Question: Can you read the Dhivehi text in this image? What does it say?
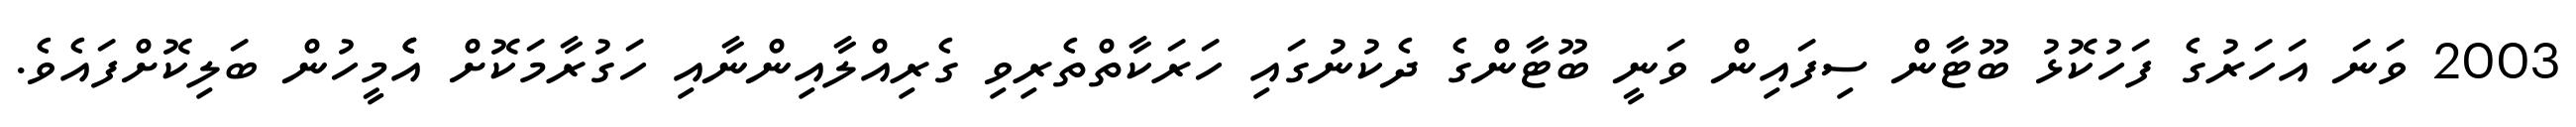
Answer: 2003 ވަނަ އަހަރުގެ ފަހުކޮޅު ބޫޓާން ސިފައިން ވަނީ ބޫޓާންގެ ދެކުނުގައި ހަރަކާތްތެރިވި ގެރިއްލާއިންނާއި ހަގުރާމަކޮށް އެެމީހުން ބަލިކޮށްފައެވެ.